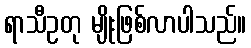
ရာသီဥတု မျိုးဖြစ်လာပါသည်။